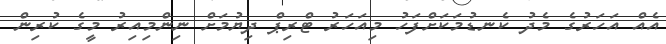
އެއް އަހަރުގެ މެދު ކެނޑުމަކަށްފަހު މިއަހަރު ޓްރިޕް ދިޔުމަށް ނިންމިއިރު މީގެ ކުރިން